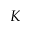
K